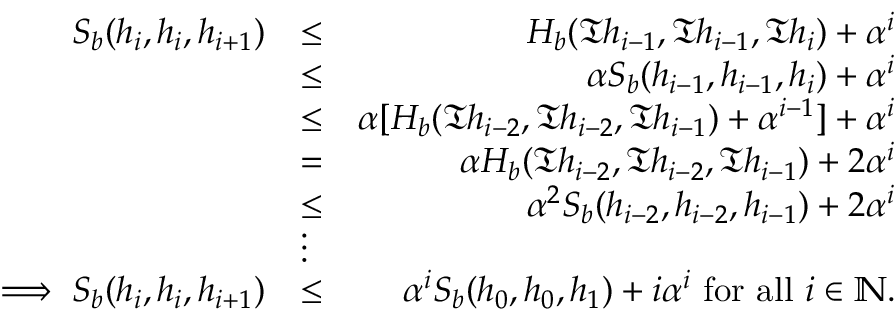
\begin{array} { r l r } { S _ { b } ( h _ { i } , h _ { i } , h _ { i + 1 } ) } & { \leq } & { H _ { b } ( \mathfrak { T } h _ { i - 1 } , \mathfrak { T } h _ { i - 1 } , \mathfrak { T } h _ { i } ) + \alpha ^ { i } } \\ & { \leq } & { \alpha S _ { b } ( h _ { i - 1 } , h _ { i - 1 } , h _ { i } ) + \alpha ^ { i } } \\ & { \leq } & { \alpha [ H _ { b } ( \mathfrak { T } h _ { i - 2 } , \mathfrak { T } h _ { i - 2 } , \mathfrak { T } h _ { i - 1 } ) + \alpha ^ { i - 1 } ] + \alpha ^ { i } } \\ & { = } & { \alpha H _ { b } ( \mathfrak { T } h _ { i - 2 } , \mathfrak { T } h _ { i - 2 } , \mathfrak { T } h _ { i - 1 } ) + 2 \alpha ^ { i } } \\ & { \leq } & { \alpha ^ { 2 } S _ { b } ( h _ { i - 2 } , h _ { i - 2 } , h _ { i - 1 } ) + 2 \alpha ^ { i } } \\ & { \vdots } & \\ { \implies S _ { b } ( h _ { i } , h _ { i } , h _ { i + 1 } ) } & { \leq } & { \alpha ^ { i } S _ { b } ( h _ { 0 } , h _ { 0 } , h _ { 1 } ) + i \alpha ^ { i } ~ \mathrm { f o r ~ a l l } ~ i \in \mathbb { N } . } \end{array}